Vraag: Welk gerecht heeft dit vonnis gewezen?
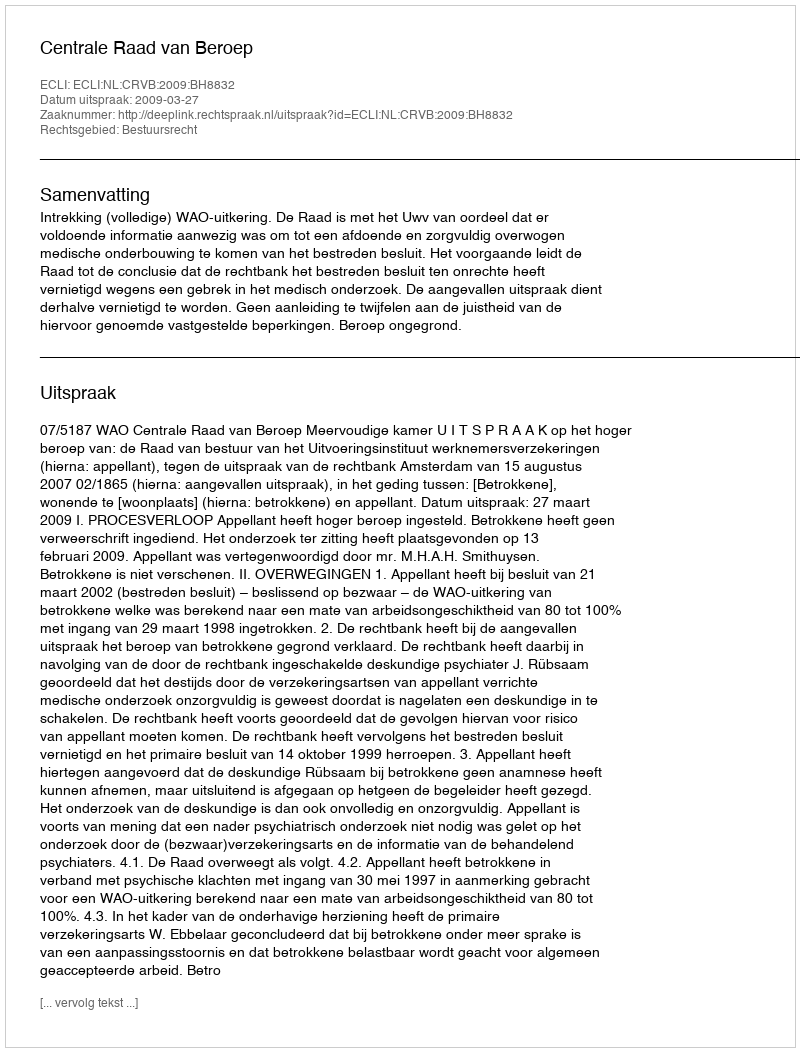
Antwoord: Centrale Raad van Beroep